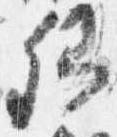
卿